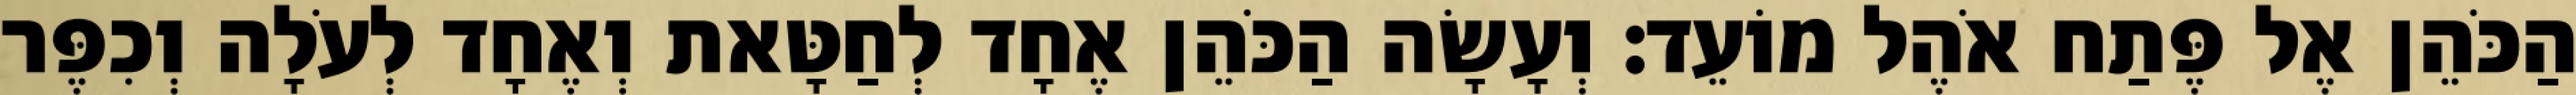
הַכֹּהֵן אֶל פֶּתַח אֹהֶל מוֹעֵד׃ וְעָשָׂה הַכֹּהֵן אֶחָד לְחַטָּאת וְאֶחָד לְעֹלָה וְכִפֶּר